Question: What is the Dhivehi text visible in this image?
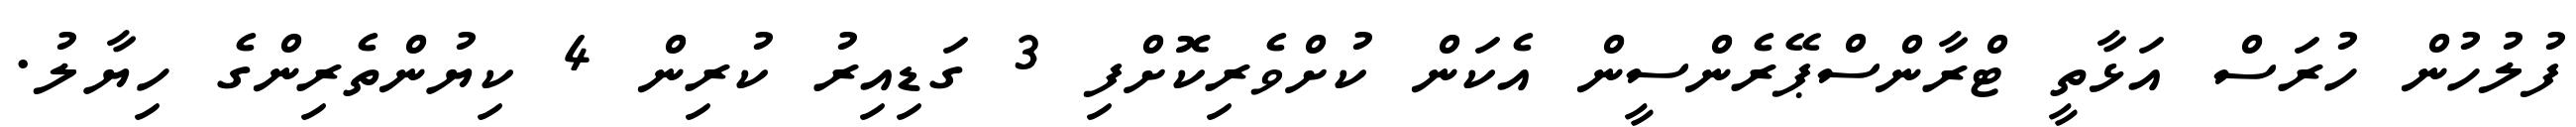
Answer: ފުލުހުން ހުރަސް އަޅާތީ ޓްރާންސްޕޭރެންސީން އެކަން ކުށްވެރިކޮށްފި 3 ގަޑިއިރު ކުރިން 4 ކިޔުންތެރިންގެ ހިޔާލު.